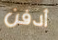
أدفن